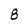
Character: 8